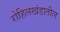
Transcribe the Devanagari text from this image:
रोहिलखंडातील